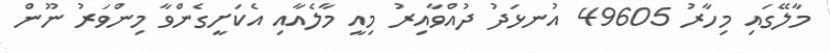
މާލޭގައި މިހާރު 49605 އުނޅަދު ދުއްވާއިރު މިއީ މާލެއާއި އެކަށީގެންވާ މިންވަރު ނޫން